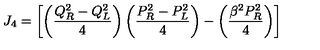
J _ { 4 } = \left[ \left( { \frac { Q _ { R } ^ { 2 } - Q _ { L } ^ { 2 } } { 4 } } \right) \left( { \frac { P _ { R } ^ { 2 } - P _ { L } ^ { 2 } } { 4 } } \right) - \left( { \frac { \beta ^ { 2 } P _ { R } ^ { 2 } } { 4 } } \right) \right]